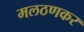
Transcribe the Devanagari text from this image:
मलठणकर